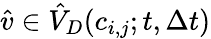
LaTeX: \hat{v}\in\hat{V}_{D}(c_{i,j};t,\Delta t)